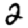
Digit: 2